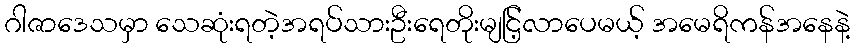
ဂါဇာဒေသမှာ သေဆုံးရတဲ့အရပ်သားဦးရေတိုးမျငြ့်လာပေမယ့် အမေရိကန်အနေနဲ့